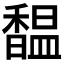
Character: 馧